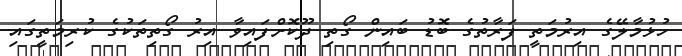
ހުޅުމާލޭގެ އިރުމަތީ ފަރާތުގެ ބޮޑު ބައިން ގޯތި ދޫކޮށްފައިވާ އިރު ގޯތިތަކުގެ ކުރިމަތީގައި